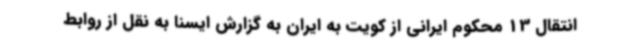
انتقال 13 محکوم ایرانی از کویت به ایران به گزارش ایسنا به نقل از روابط